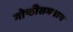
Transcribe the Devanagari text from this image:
गोष्ठीसमवाय